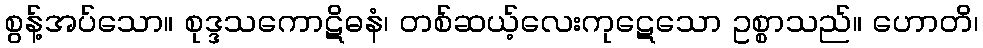
စွန့်အပ်သော။ စုဒ္ဒသကောဋိဓနံ၊ တစ်ဆယ့်လေးကုဋေသော ဥစ္စာသည်။ ဟောတိ၊